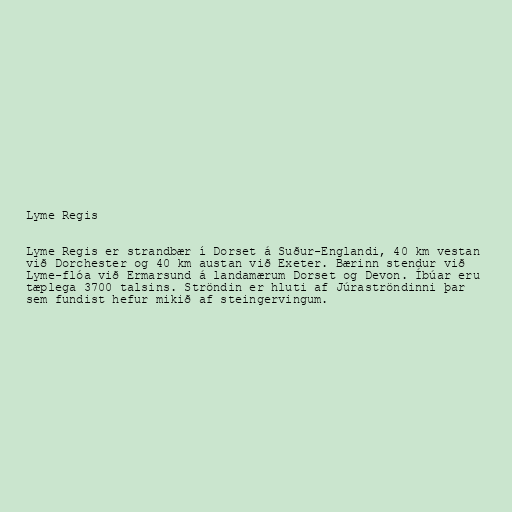
Lyme Regis

Lyme Regis er strandbær í Dorset á Suður-Englandi, 40 km vestan
við Dorchester og 40 km austan við Exeter. Bærinn stendur við
Lyme-flóa við Ermarsund á landamærum Dorset og Devon. Íbúar eru
tæplega 3700 talsins. Ströndin er hluti af Júraströndinni þar
sem fundist hefur mikið af steingervingum.